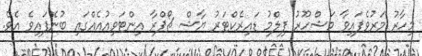
މިހާރު މަރުވެފައިވާ މަޝްހޫރު ފިލްމު ޑައިރެކްޓަރު ޔާޝް ޗޯޕްރާ އިންޓަވިއުއެއްގައި ބުނެފައިވެ އެވެ.